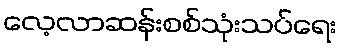
လေ့လာဆန်းစစ်သုံးသပ်ရေး